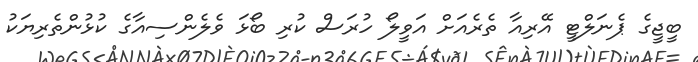
ބީޖީގެ ޕެނަލްޓީ އޭރިއާ ތެރެއަށް އަވީލޯ ހުރަސް ކުރި ބޯޅަ ވެލެންސިއާގެ ކުޅުންތެރިޔަކު